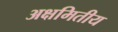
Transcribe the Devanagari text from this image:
अक्षमितीय